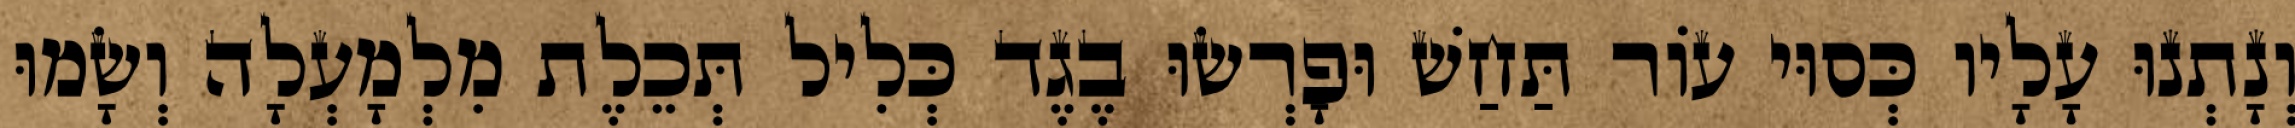
וְנָתְנוּ עָלָיו כְּסוּי עוֹר תַּחַשׁ וּפָרְשׂוּ בֶגֶד כְּלִיל תְּכֵלֶת מִלְמָעְלָה וְשָׂמוּ